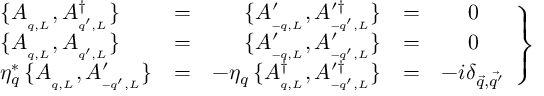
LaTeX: \left. { \begin{array} { l c r c c } { { \{ A _ { _ { q , L } } , A _ { _ { q ^ { \prime } , L } } ^ { \dagger } \} } } & { { = } } & { { \{ A _ { _ { - q , L } } ^ { \prime } , A _ { _ { - q ^ { \prime } , L } } ^ { \prime \dagger } \} } } & { { = } } & { { 0 } } \\ { { \{ A _ { _ { q , L } } , A _ { _ { q ^ { \prime } , L } } \} } } & { { = } } & { { \{ A _ { _ { - q , L } } ^ { \prime } , A _ { _ { - q ^ { \prime } , L } } ^ { \prime } \} } } & { { = } } & { { 0 } } \\ { { \eta _ { q } ^ { * } \, \{ A _ { _ { q , L } } , A _ { _ { - q ^ { \prime } , L } } ^ { \prime } \} } } & { { = } } & { { - \eta _ { q } \, \{ A _ { _ { q , L } } ^ { \dagger } , A _ { _ { - q ^ { \prime } , L } } ^ { \prime \dagger } \} } } & { { = } } & { { - i \delta _ { \vec { q } , \vec { q ^ { \prime } } } } } \end{array} } \right\}